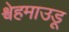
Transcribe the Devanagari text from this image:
श्वेहमाउडू